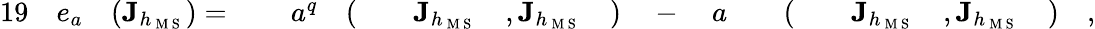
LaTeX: \begin{array}{rlrlrlrlrlrlrlrlrlr}{{19}}&{{}e_{a}}&{(\mathbf{J}_{h_{\mathrm{~M~S~}}})={}}&{{}}&{a^{q}}&{{}(}&{}&{{}\mathbf{J}_{h_{\mathrm{~M~S~}}}}&{,\mathbf{J}_{h_{\mathrm{~M~S~}}}}&{{})}&{{}-{}}&{{}a}&{}&{{}(}&{}&{{}\mathbf{J}_{h_{\mathrm{~M~S~}}}}&{,\mathbf{J}_{h_{\mathrm{~M~S~}}}}&{{})}&{,}\end{array}